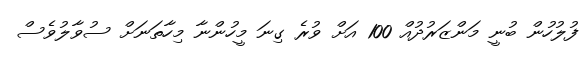
ފުލުހުން ބުނީ މަންޒަރުދުއް 100 އަށް ވުރެ ގިނަ މީހުންނާ މިހާތަނަށް ސުވާލުވެސް